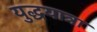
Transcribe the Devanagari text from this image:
युद्धयात्रा